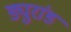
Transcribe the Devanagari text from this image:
ड्युरांड